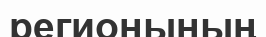
регионының